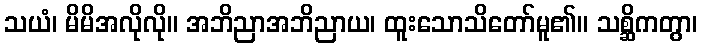
သယံ၊ မိမိအလိုလို။ အဘိညာအဘိညာယ၊ ထူးသောသိတော်မူ၏။ သစ္ဆိကတွာ၊